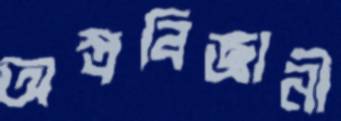
অস্ত্রবিজ্ঞানী